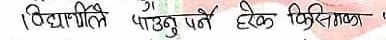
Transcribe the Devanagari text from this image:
विद्यार्थीले पाउनु पर्ने हरेक किसिमका